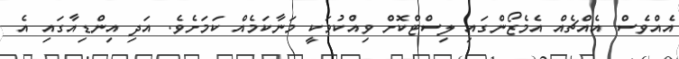
އެއްވެސް އެއްޗެއް އެމެޒޯންގައި ލިސްޓްކޮށް ވިއްކުމަކީ މަނާކަމެއް ކަމަށެވެ. އަދި އިންޑިއާގައި އެ